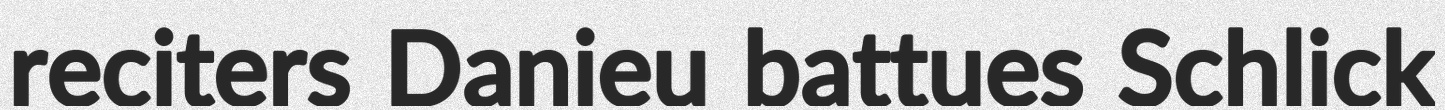
reciters Danieu battues Schlick